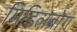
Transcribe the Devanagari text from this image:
मिडिलब्रोग